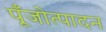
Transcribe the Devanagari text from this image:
पूँजोत्पादन